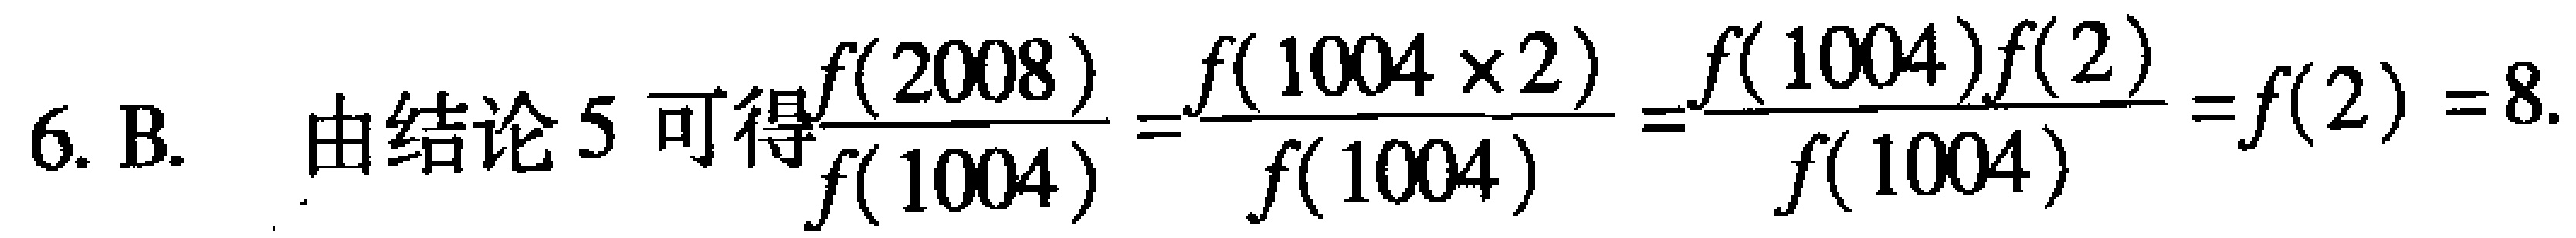
6. B.  由结论 5 可得$\frac{f(2008)}{f(1004)}=\frac{f(1004\times2)}{f(1004)}=\frac{f(1004)f(2)}{f(1004)} = f(2)=8$.